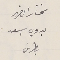
مختار الضهر
 بدوي اسعد بطرسَ